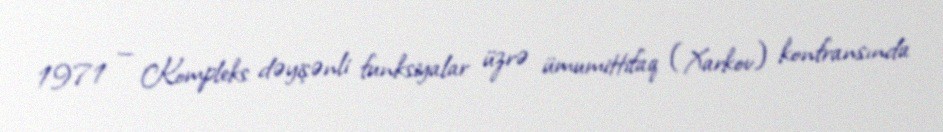
1971 — Kompleks dəyişənli funksiyalar üzrə ümumittifaq (Xarkov) konfransında